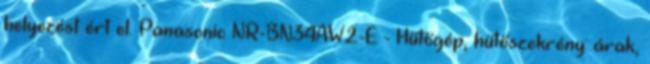
helyezést ért el. Panasonic NR-BN34AW2-E - Hűtőgép, hűtőszekrény: árak,